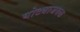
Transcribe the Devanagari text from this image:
घोट्याजवळ